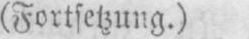
(Fortsetzung.)